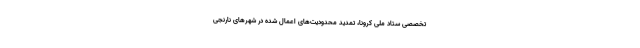
تخصصی ستاد ملی کرونا، تمدید محدودیت‌های اعمال شده در شهرهای نارنجی